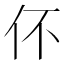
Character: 伓